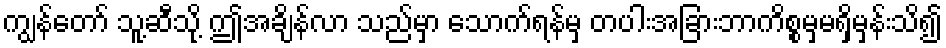
ကျွန်တော် သူ့ဆီသို့ ဤအချိန်လာ သည်မှာ သောက်ရန်မှ တပါးအခြားဘာကိစ္စမှမရှိမှန်းသိ၍